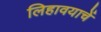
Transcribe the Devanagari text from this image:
लिहावयाचें